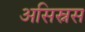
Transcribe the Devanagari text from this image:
असिस्नस